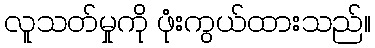
လူသတ်မှုကို ဖုံးကွယ်ထားသည်။